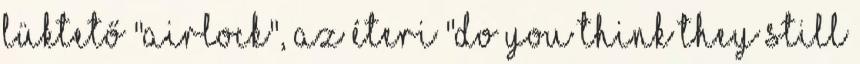
lüktető "Airlock", az éteri "Do You Think They Still